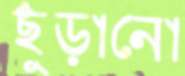
ছুঁড়ানো